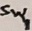
Text: Sw1